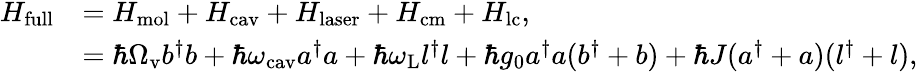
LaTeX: \begin{array}{rl}{H_{\mathrm{full}}}&{=H_{\mathrm{mol}}+H_{\mathrm{cav}}+H_{\mathrm{laser}}+H_{\mathrm{cm}}+H_{\mathrm{lc}},}\\ &{=\hbar\Omega_{\mathrm{v}}b^{\dagger}b+\hbar\omega_{\mathrm{cav}}a^{\dagger}a+\hbar\omega_{\mathrm{L}}l^{\dagger}l+\hbar g_{0}a^{\dagger}a(b^{\dagger}+b)+\hbar J(a^{\dagger}+a)(l^{\dagger}+l),}\end{array}